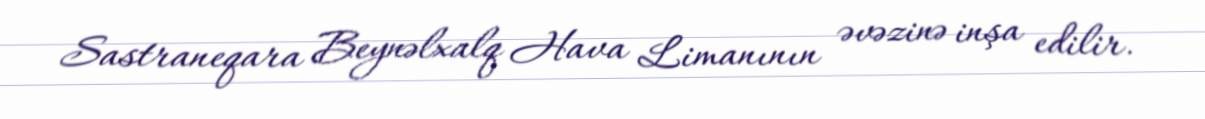
Sastraneqara Beynəlxalq Hava Limanının əvəzinə inşa edilir.